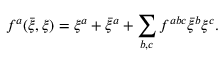
f ^ { a } ( { \bar { \xi } } , \xi ) = \xi ^ { a } + { \bar { \xi } } ^ { a } + \sum _ { b , c } f ^ { a b c } { \bar { \xi } } ^ { b } \xi ^ { c } .